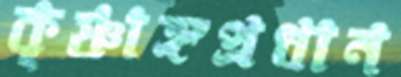
কৃষ্ণাঙ্গপ্রধান